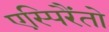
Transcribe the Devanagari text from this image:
एस्पिरैंतो